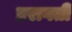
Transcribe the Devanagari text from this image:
प्ररागती